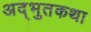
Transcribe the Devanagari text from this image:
अद्भुतकथा